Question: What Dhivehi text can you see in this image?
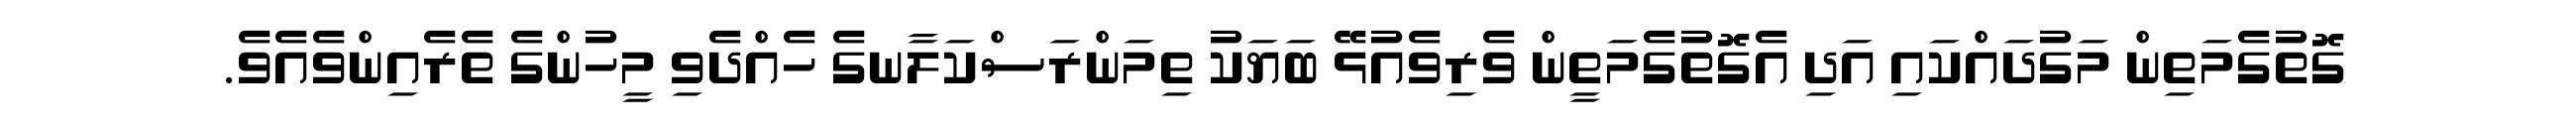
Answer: ގޮތުގެމަތިން މަގުދައްކައި އަދި އެގޮތުގެމަތީން ވެރިވެއުޅޭ ބަޔަކު ތިމަންރަސްކަލާނގެ ހެއްދެވި މީހުންގެ ތެރެއިންވެއެވެ.